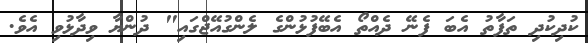
ކުދިކުދި ތަފާތު އެބަ ފެނޭ ދެއްތޯ އެބޭފުޅުންގެ ލެންގުއޭޖްގައި" ދުންޔާ ވިދާޅުވި އެވެ.